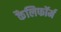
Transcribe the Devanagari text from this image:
कैलिफॉर्म